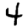
Digit: 4